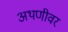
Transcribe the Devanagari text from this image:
अथणीवर